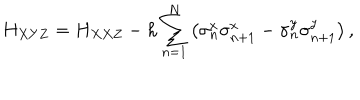
H _ { X Y Z } = H _ { X X Z } - h \sum _ { n = 1 } ^ { N } \left( \sigma _ { n } ^ { x } \sigma _ { n + 1 } ^ { x } - \sigma _ { n } ^ { y } \sigma _ { n + 1 } ^ { y } \right) ,